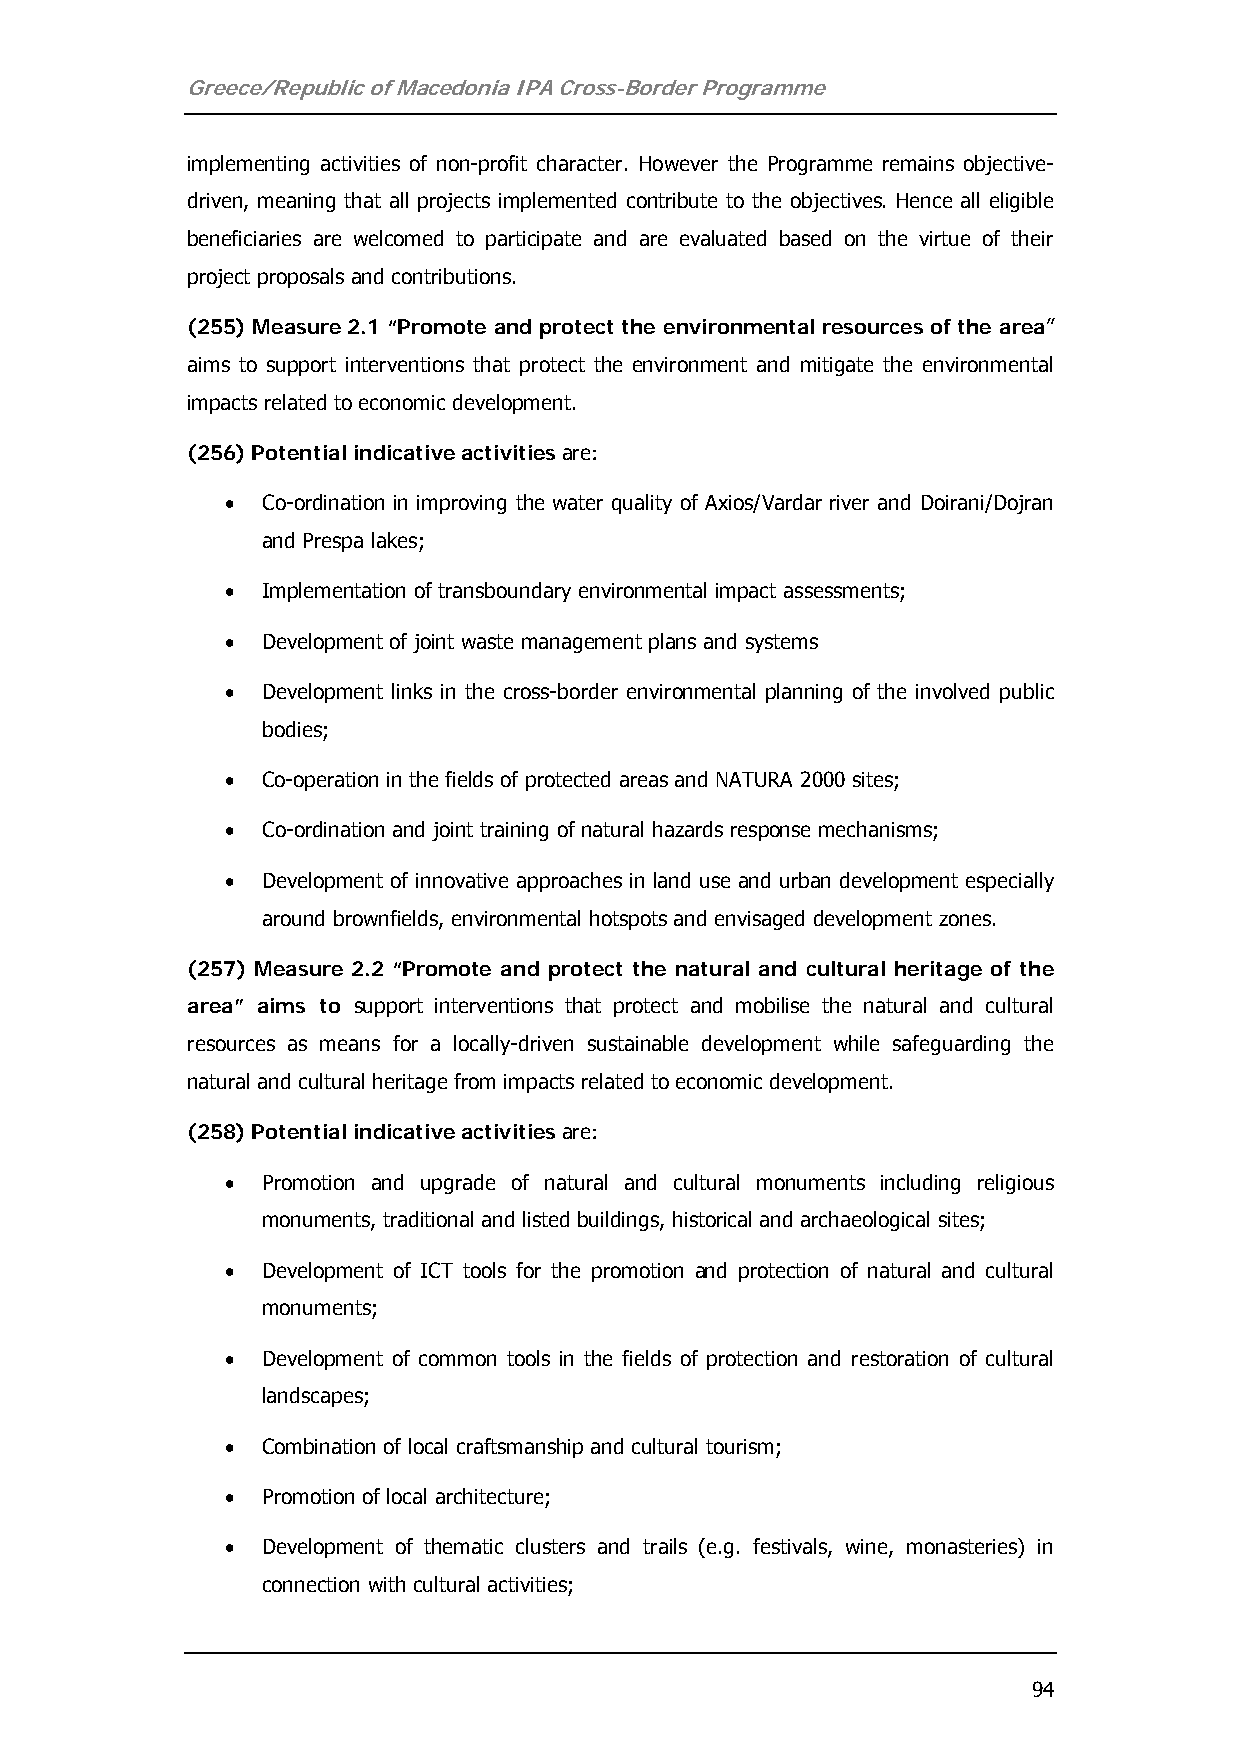
Greece/Republic of Macedonia IPA Cross-Border Programme
 implementing activities of non-profit character. However the Programme remains objective-
 driven, meaning that all projects implemented contribute to the objectives. Hence all eligible
 beneficiaries are welcomed to participate and are evaluated based on the virtue of their
 project proposals and contributions.
 (255) Measure 2.1 “Promote and protect the environmental resources of the area”
 aims to support interventions that protect the environment and mitigate the environmental
 impacts related to economic development.
 (256) Potential indicative activities are:
 • Co-ordination in improving the water quality of Axios/Vardar river and Doirani/Dojran
 and Prespa lakes;
 • Implementation of transboundary environmental impact assessments;
 • Development of joint waste management plans and systems
 • Development links in the cross-border environmental planning of the involved public
 bodies;
 • Co-operation in the fields of protected areas and NATURA 2000 sites;
 • Co-ordination and joint training of natural hazards response mechanisms;
 • Development of innovative approaches in land use and urban development especially
 around brownfields, environmental hotspots and envisaged development zones.
 (257) Measure 2.2 “Promote and protect the natural and cultural heritage of the
 area” aims to support interventions that protect and mobilise the natural and cultural
 resources as means for a locally-driven sustainable development while safeguarding the
 natural and cultural heritage from impacts related to economic development.
 (258) Potential indicative activities are:
 • Promotion and upgrade of natural and cultural monuments including religious
 monuments, traditional and listed buildings, historical and archaeological sites;
 • Development of ICT tools for the promotion and protection of natural and cultural
 monuments;
 • Development of common tools in the fields of protection and restoration of cultural
 landscapes;
 • Combination of local craftsmanship and cultural tourism;
 • Promotion of local architecture;
 • Development of thematic clusters and trails (e.g. festivals, wine, monasteries) in
 connection with cultural activities;
 94